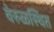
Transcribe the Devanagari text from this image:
वेरुळस्थित